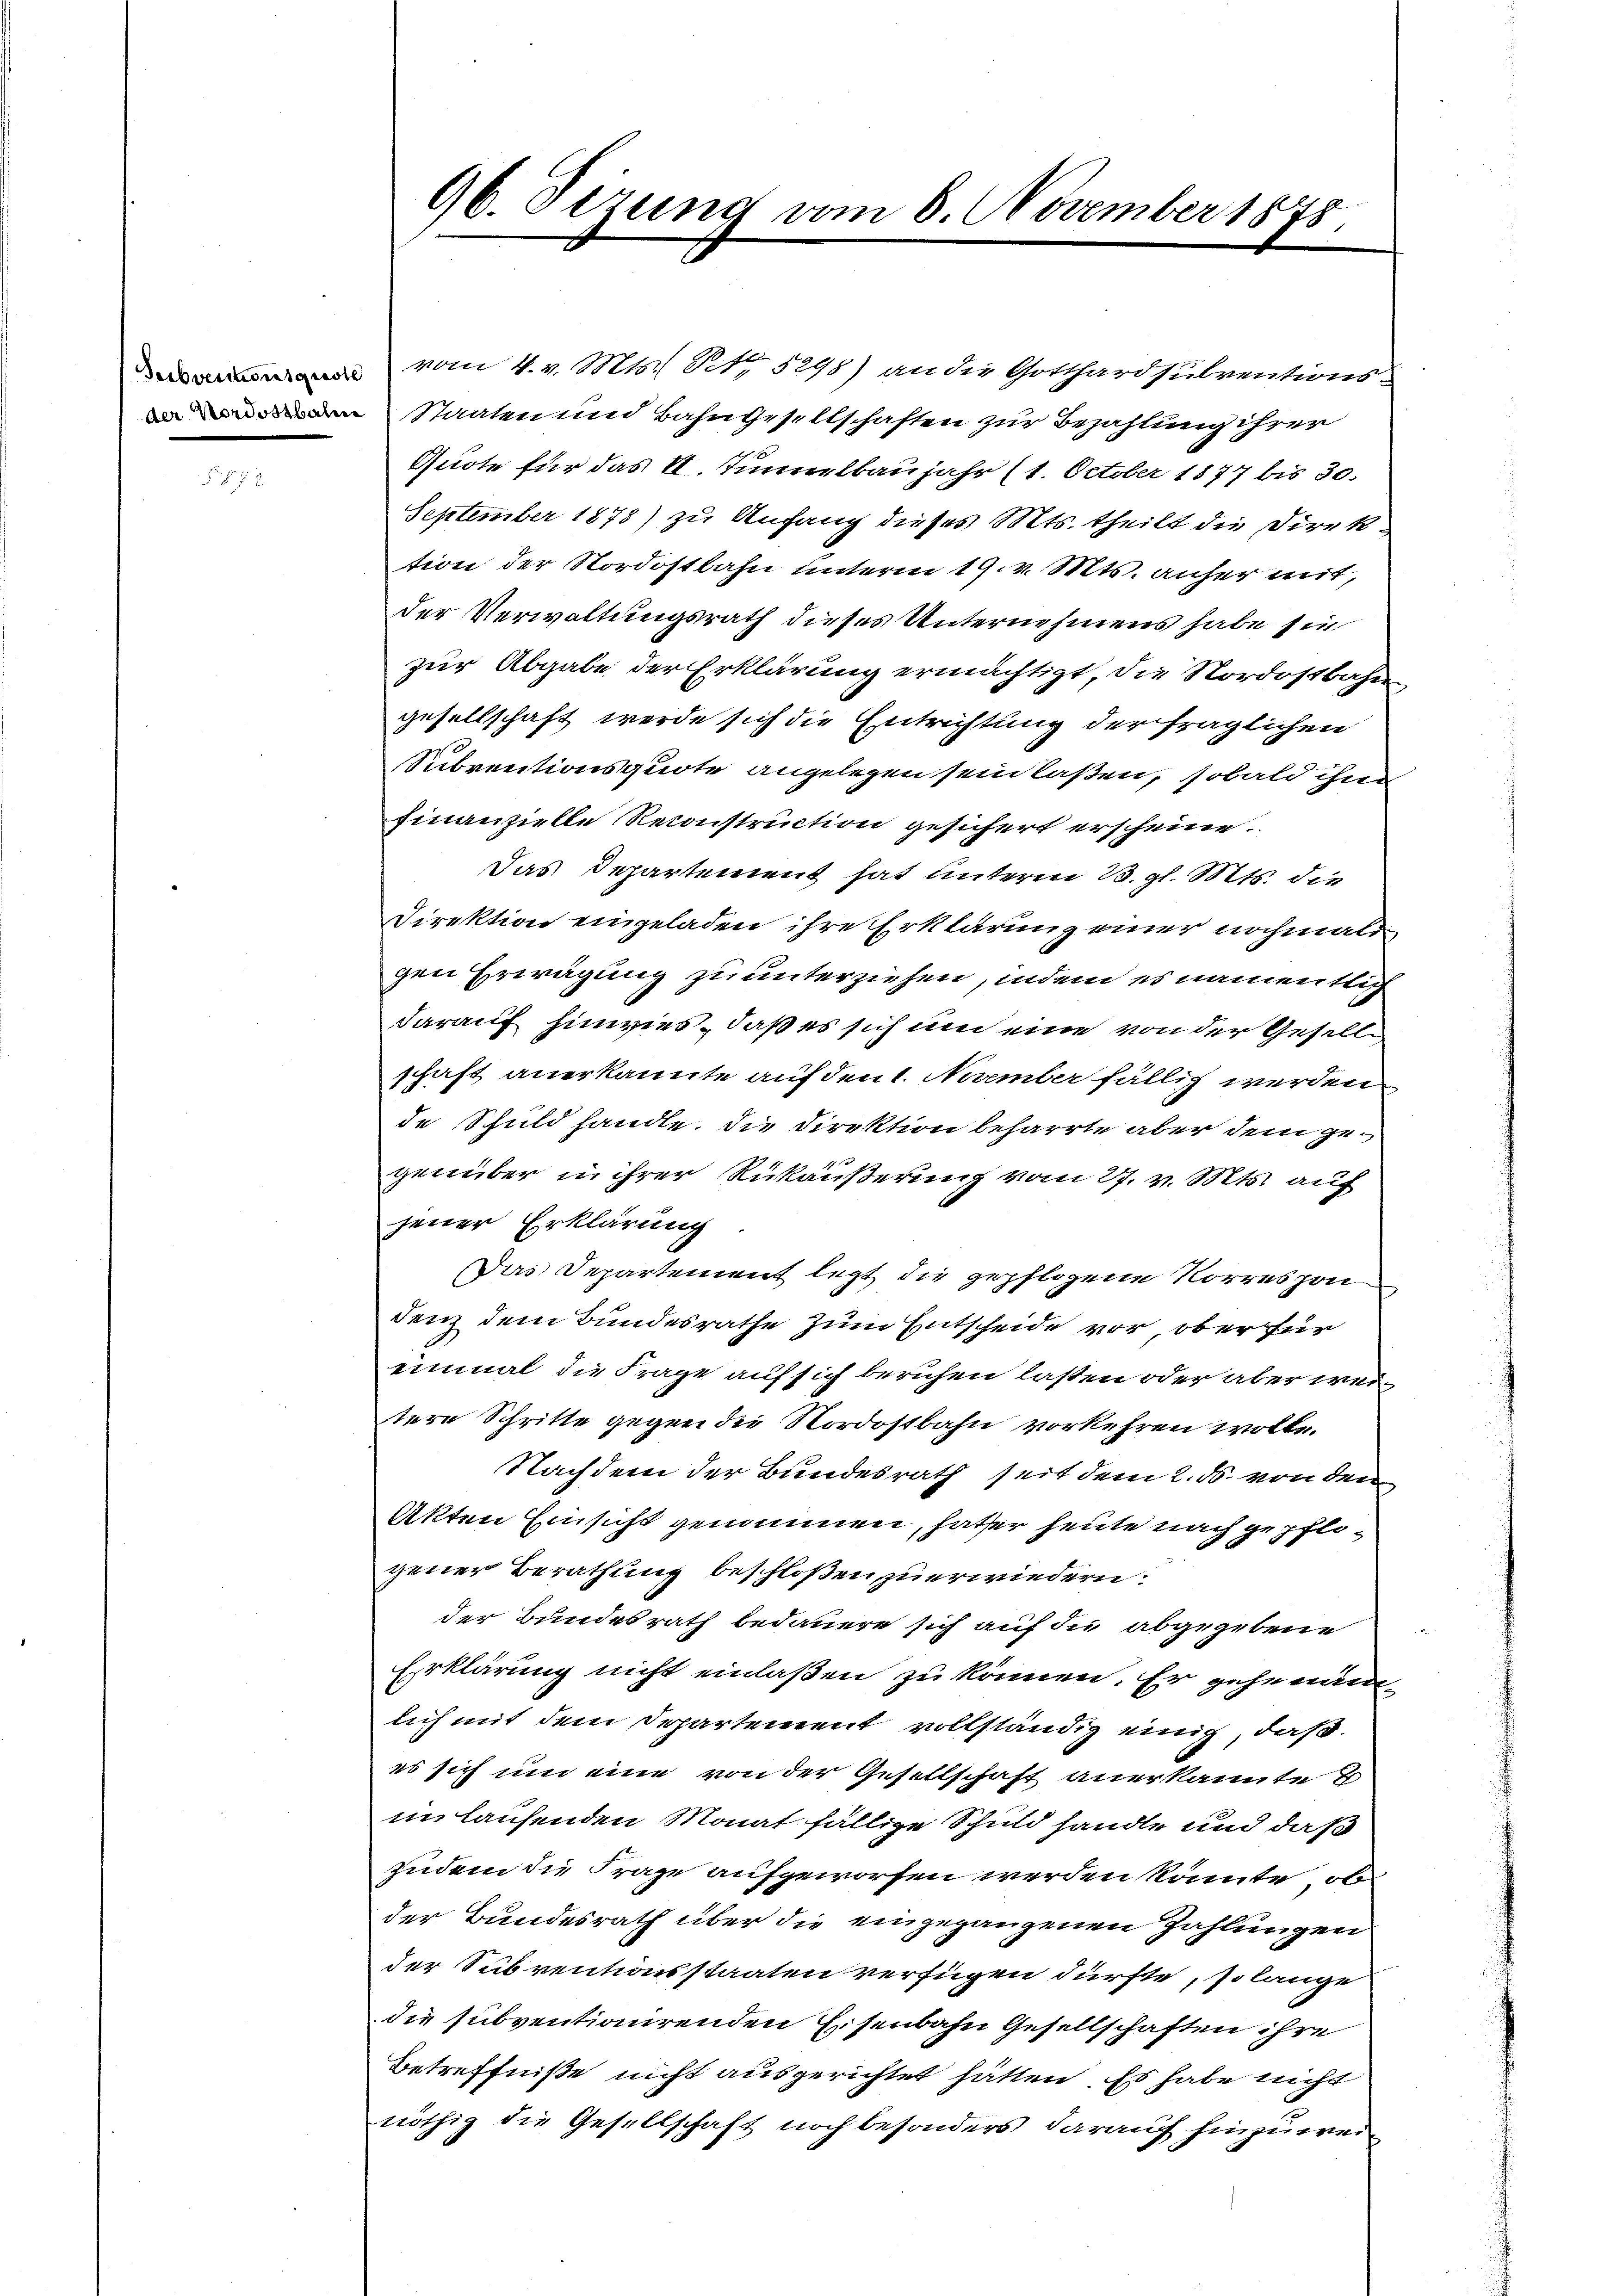
96. Sizung vom 6. November 1875.

vom 4. v. Mts. No 5298) an die Gotthardsubventions-
nStaaten und Bahngesellschaften zur Bezahlung ihrer
Quote für das II. Tunnelbaujahr (1. October 1877 bis 30.
September 1878) zu Anfang dieses Mts. theilt die Direktion der Nordostbahn unterm 19. v. Mts. anher mit,
der Verwaltungsrath dieses Unternehmens habe sie
zur Abgabe der Erklärung ermächtigt, die Nordostbahn
gesellschaft werde sich die Entrichtung der fraglichen
Subventionsquote angelegen sein laßen, sobald ihne
finanzielle Reconstruction gesichert erscheine
Das Departement hat unterm 13. gl. Mts. die
Direktion eingeladen ihre Erklärung einer nochmals
gen Erwägung zu unterziehen, indem es namentlich
darauf hinwies, daß es sich um eine von der Gesellschaft anerkannte auf den 1. November fällig werden
de Schuldhandle. Die Direktion beharrte aber dem gegenüber in ihrer Rückäußerung vom 27. v. Mts. auf
jener Erklärung.
Das Departement legt die gepflogene Korrespon
denz dem Bundesrathe zum Entscheide vor ober für
einmal die Frage auf sich beruhen lassen oder aber weitere Schritte gegen die Nordostbahn vorkehren wolle.
Nachdem der Bundesrath seit dem 2. ds. von dem
Akten Einsicht genommen, hatter heute nach gepflogener Berathung beschloßen zu erwiedern:
der Bundesrath bedauern sich auf die abgegebene
Erklärung nicht einlaßen zu können. Er gehe nam
lich mit dem Departement vollständig einig, daß
es sich um eine von der Gesellschaft anerkannte E
in laufenden Monat fällige Schuld handle und daß
Zudem die Frage aufgeworfen werden könnte, ob
der Bundesrath über die eingegangenen Zahlungen
der Subventionsstaaten verfügen dürfte, so lange
die subventionirenden Eisenbahn Gesellschaften ihre
Betreffniße nicht ausgerichtet hätten. Es habe nicht
nöthig die Gesellschaft noch besonders darauf hinzuwei¬